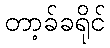
တာ့ခ်ခရိုင်